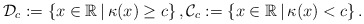
\begin{align*}\mathcal{D}_c := \left\{ x\in \mathbb{R}\,\vert\, \kappa(x)\geq c\right\} , \mathcal{C}_c := \left\{ x\in \mathbb{R}\,\vert\, \kappa(x)< c\right\} . \end{align*}